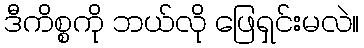
ဒီကိစ္စကို ဘယ်လို ဖြေရှင်းမလဲ။